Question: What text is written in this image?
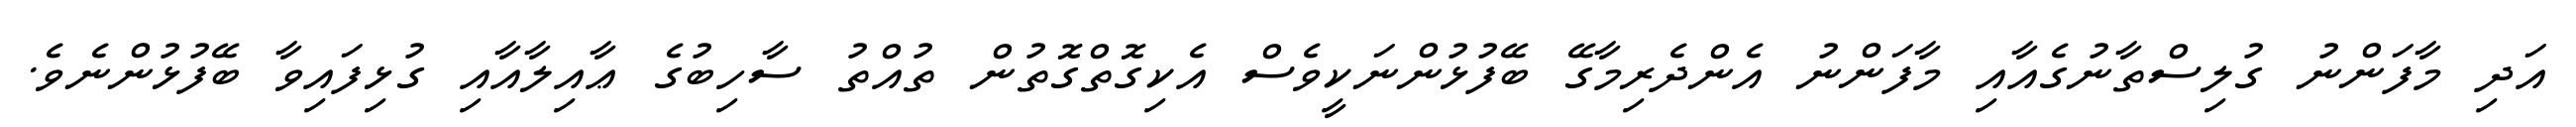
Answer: އަދި މާފަންނު ގުލިސްތާނުގެއާއި މާފަންނު އެންދެރިމާގޭ ބޭފުޅުންނަކީވެސް އެކިގޮތްގޮތުން ތުއްތު ސާހިބުގެ ޢާއިލާއާއި ގުޅިފައިވާ ބޭފުޅުންނެވެ.